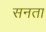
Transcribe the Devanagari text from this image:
सनता